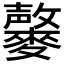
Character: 𪍱